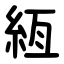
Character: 絚